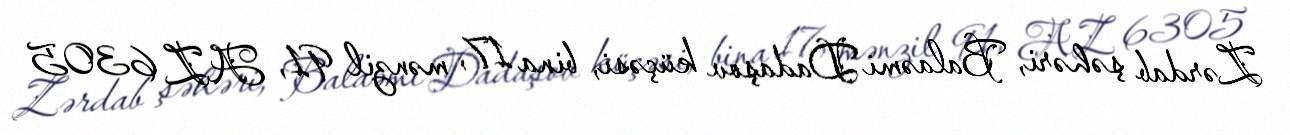
Zərdab şəhəri, Balaəmi Dadaşov küçəsi, bina 17, mənzil 91, AZ 6305